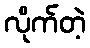
လိုက်တဲ့